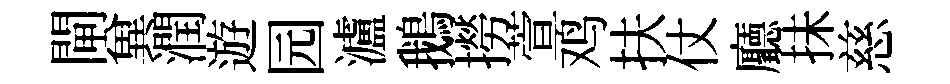
閘兾潤遊园瀘鵝撈萱鸡扶仗廳抺慈